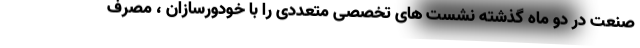
صنعت در دو ماه گذشته نشست های تخصصی متعددی را با خودورسازان ، مصرف